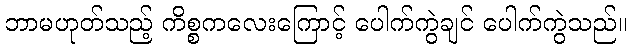
ဘာမဟုတ်သည့် ကိစ္စကလေးကြောင့် ပေါက်ကွဲချင် ပေါက်ကွဲသည်။